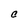
Character: C